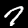
Digit: 7